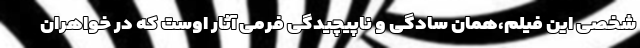
شخصی این فیلم،همان‌ سادگی و ناپیچیدگی فرمی آثار اوست که در خواهران